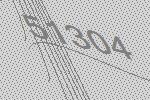
51304